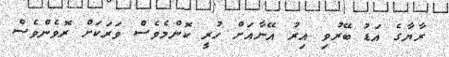
ރާޔާގެ އަޑު ބޭރުވި އިރު އޭނާއަށް ހުރީ ކޮންމެވެސް ވަރަކަށް ރޮވެންވެސް